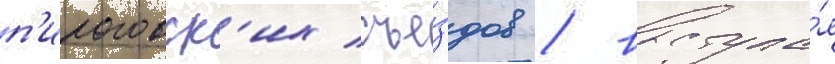
п'ироговск'их съе́здов / выступа́я